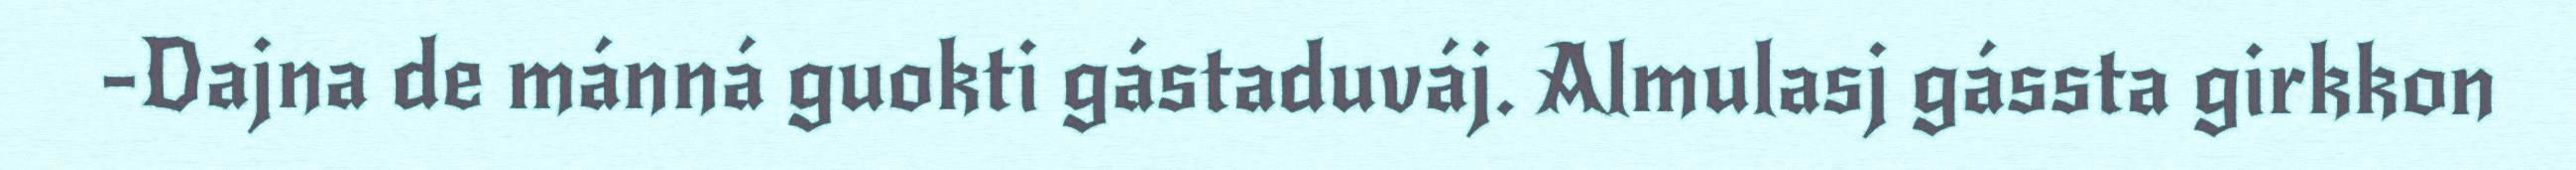
-Dajna de mánná guokti gástaduváj. Almulasj gássta girkkon